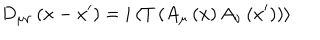
D _ { \mu \nu } \left( x - x ^ { \prime } \right) = i \left\langle T \left( A _ { \mu } \left( x \right) A _ { \nu } \left( x ^ { \prime } \right) \right) \right\rangle